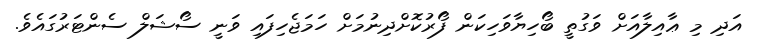
އަދި މި ޢާއިލާއަށް ވަގުތީ ބޯހިޔާވަހިކަން ފޯރުކޮށްދިނުމަށް ހަމަޖެހިފައި ވަނީ ސޯޝަލް ސެންޓަރުގައެވެ.